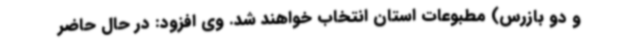
و دو بازرس) مطبوعات استان انتخاب خواهند شد. وی افزود: در حال حاضر